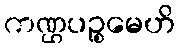
ကဏ္ဌပဉ္စမေဟိ